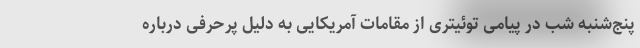
پنج‌شنبه شب در پیامی توئیتری از مقامات آمریکایی به دلیل پرحرفی درباره